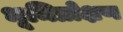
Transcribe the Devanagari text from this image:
भूमिप्रोक्षण